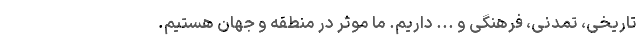
تاریخی، تمدنی، فرهنگی و ... داریم. ما موثر در منطقه و جهان هستیم.